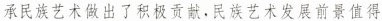
承民族艺术做出了积极贡献，民族艺术发展前景值得